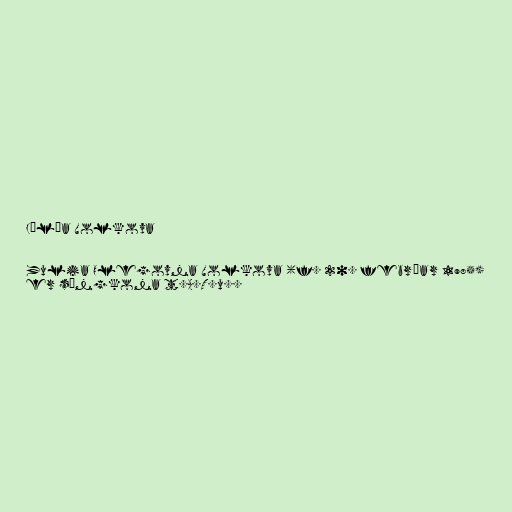
Júlía Volkova

Yulia Olegovna Volkova (f. 20. febrúar 1985)
er söngkona t.A.T.u..